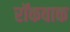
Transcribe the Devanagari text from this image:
रॉकवाक